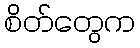
စိတ်တွေက